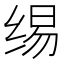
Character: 𰬣